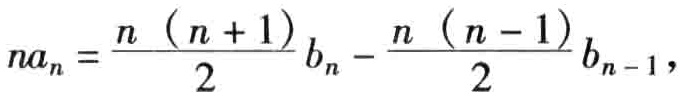
\[na_{n}=\frac{n\left(n + 1\right)}{2}b_{n}-\frac{n\left(n - 1\right)}{2}b_{n - 1},\]